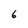
Character: 6